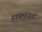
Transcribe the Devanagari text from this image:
स्वयभावात